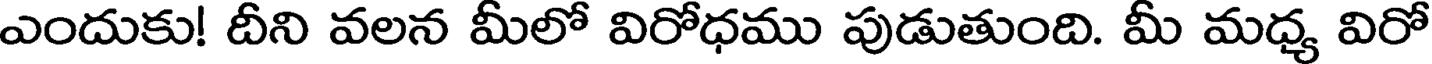
ఎందుకు! దీని వలన మీలో విరోధము పుడుతుంది. మీ మధ్య విరో